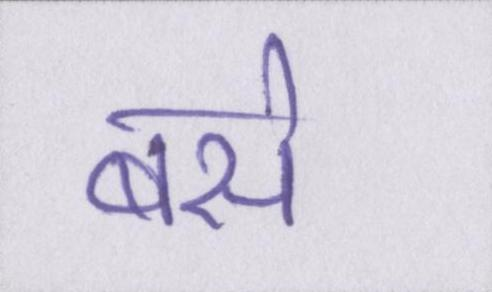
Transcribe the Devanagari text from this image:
बसे